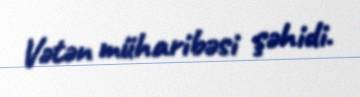
Vətən müharibəsi şəhidi.